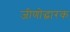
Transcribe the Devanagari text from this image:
जीणोद्धारक